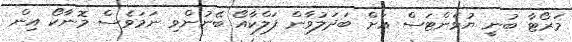
މަރޯޓާ ބުނީ ޔުވެންޓަސް އަށް ބަދަލުވާން ފަލްކާއޯ ބޭނުންވި ނަމަވެސް މޮނާކޯ އިން